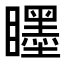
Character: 䁼